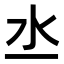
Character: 𣱲